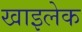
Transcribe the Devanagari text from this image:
खाइलेक